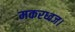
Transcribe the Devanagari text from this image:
मकरध्वज।